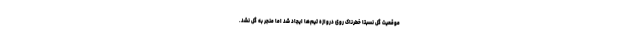
موقعیت گل نسبتا خطرناک روی دروازه تیم‌ها ایجاد شد اما منجر به گل نشد.